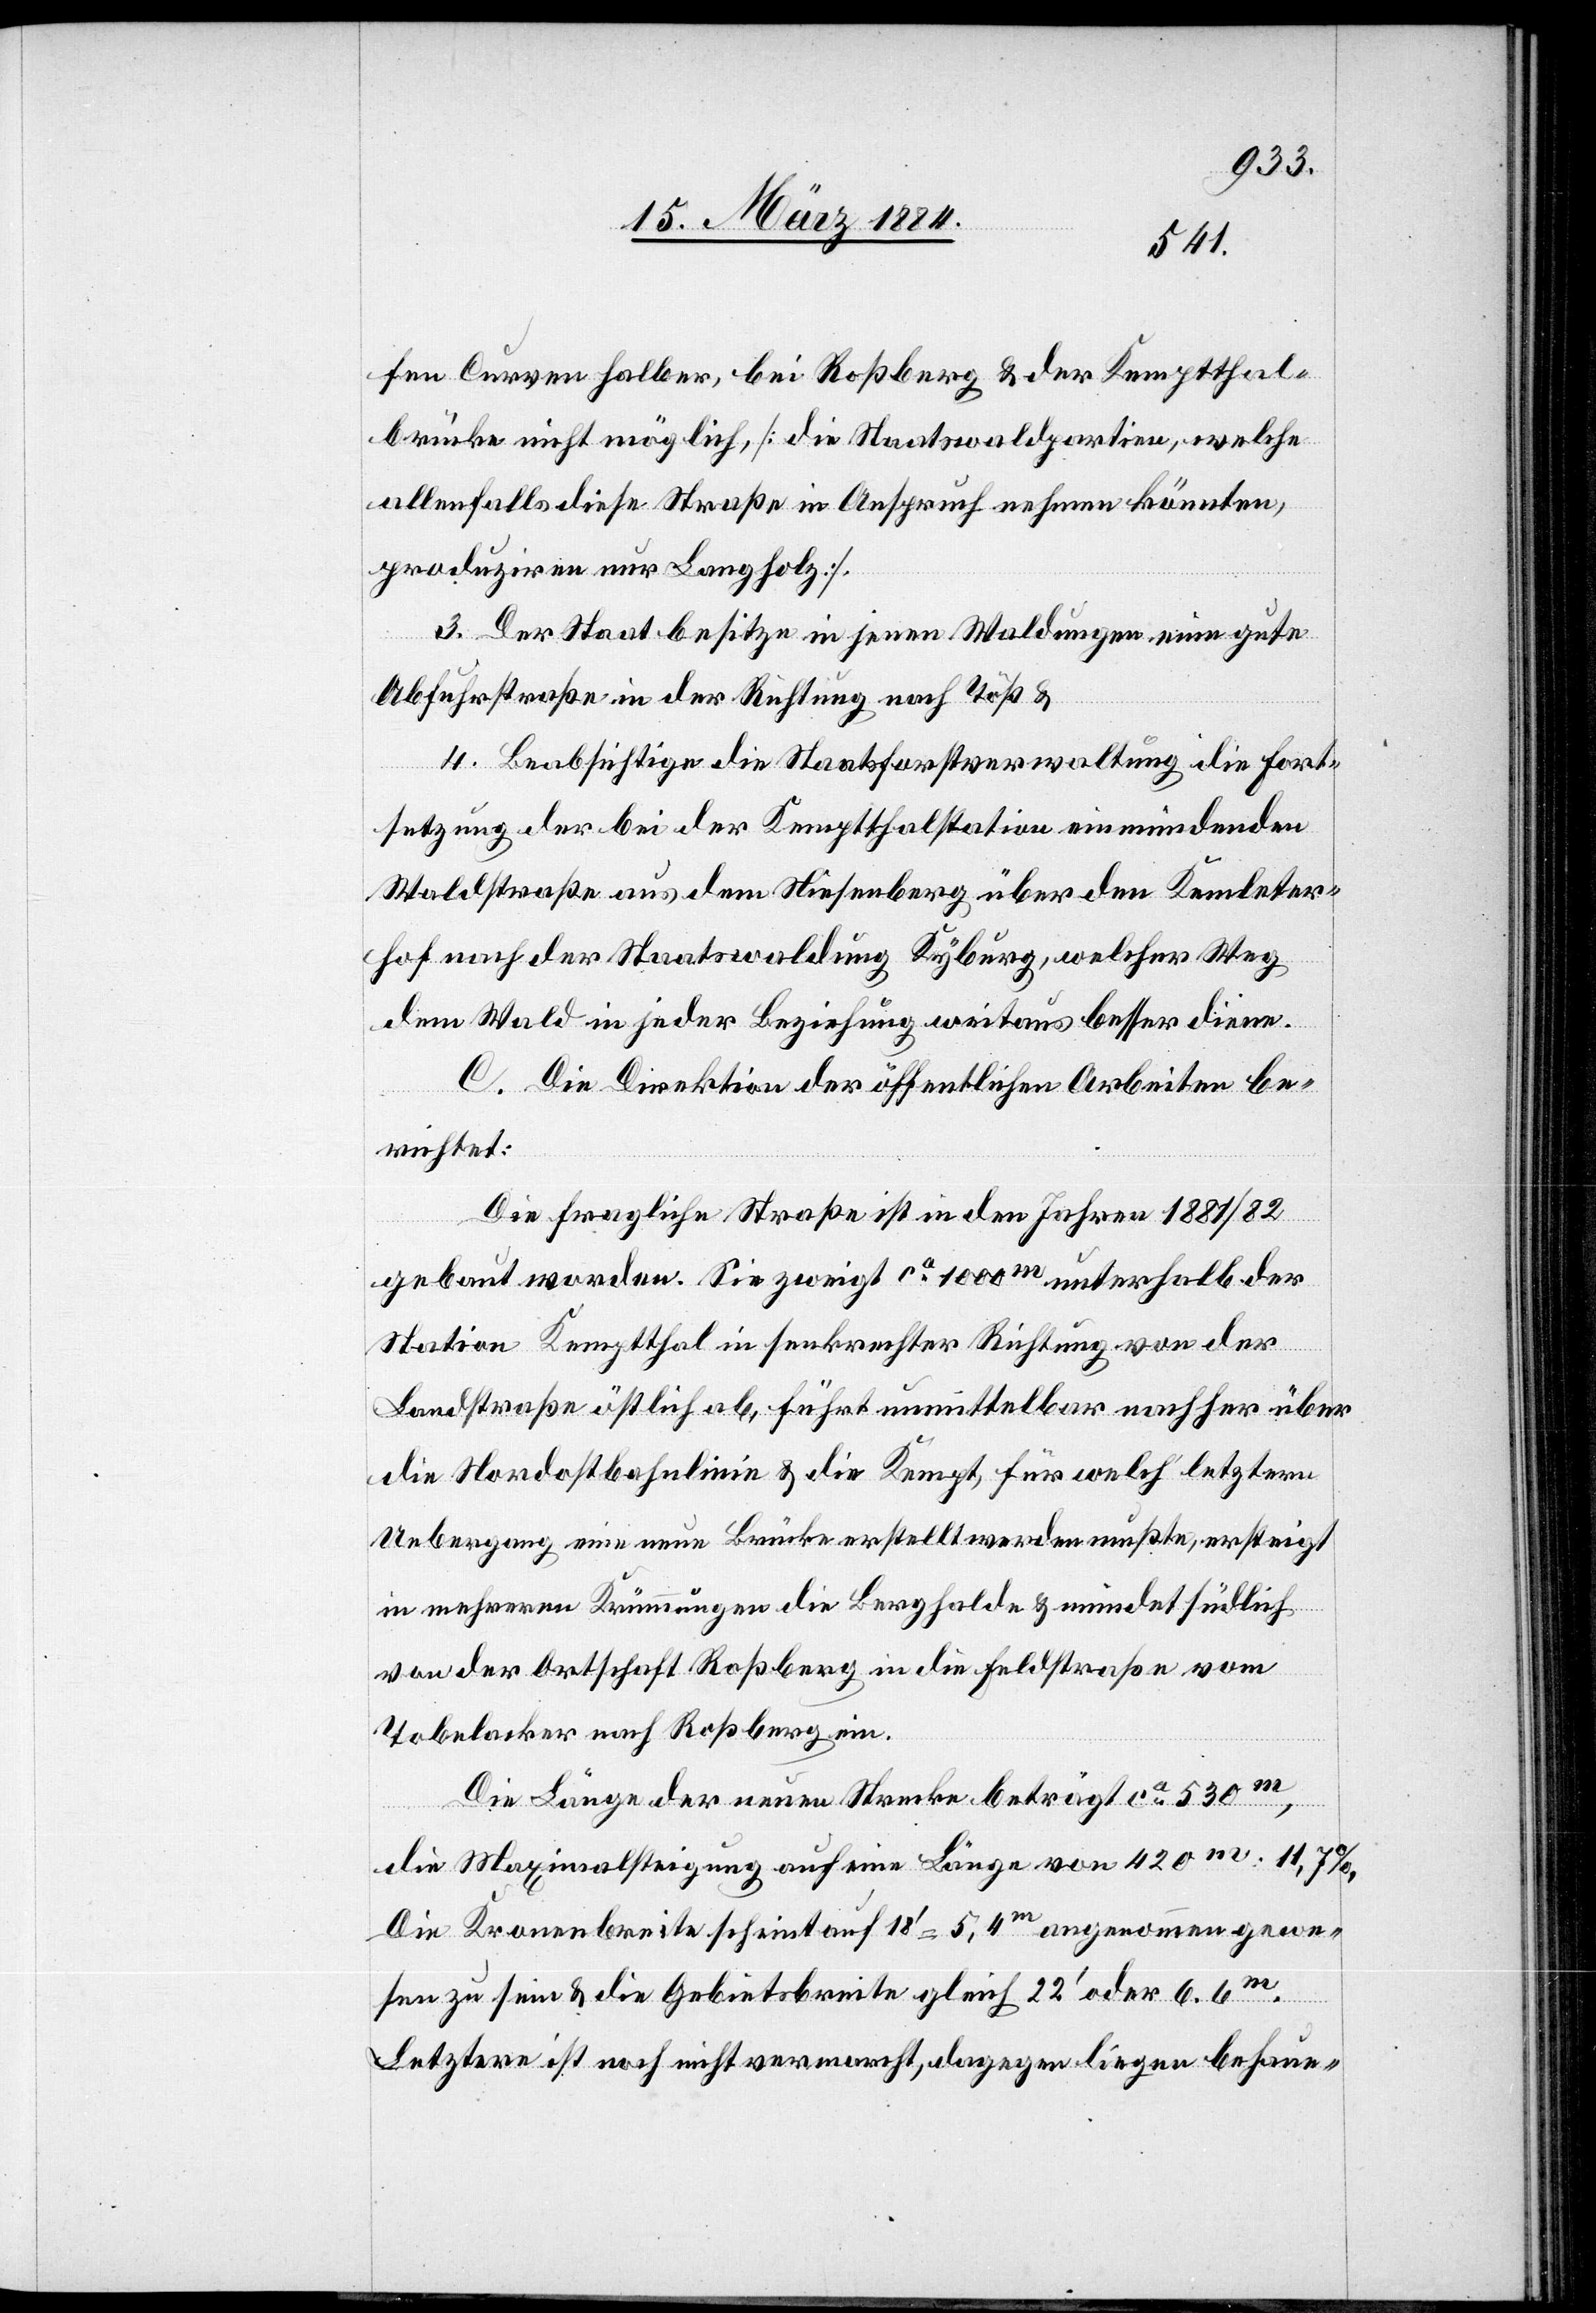
fen Curven halber, bei Roßberg & der Kemptthal¬
brücke nicht möglich, [die Staatswaldpartien, welche
allenfalls diese Straße in Anspruch nehmen könnten,
produziren nur Langholz].
3. Der Staat besitze in jenen Waldungen eine gute
Abfuhrstraße in der Richtung nach Töß &
4. beabsichtige die Staatsforstverwaltung die Fort¬
setzung der bei der Kemptthalstation einmündende
Waldstraße aus dem Niesenberg über den Kemleter¬
hof nach der Staatswaldung Kyburg, welcher Weg
dem Wald in jeder Beziehung weitaus besser diene.
C. Die Direktion der öffentlichen Arbeiten be¬
richtet:
Die fragliche Straße ist in den Jahren 1881/82
gebaut worden. Sie zweigt ca 1000m unterhalb der
Station Kemptthal in senkrechter Richtung von der
Landstraße östlich ab, führt unmittelbar nachher über
die Nordostbahnlinie & die Kempt, für welch’ letztern
Uebergang eine neue Brücke erstellt werden mußte, ersteigt
in mehreren Krümmungen die Berghalde & mündet südlich
von der Ortschaft Roßberg in die Feldstraße vom
Tobelacker nach Roßberg ein.
Die Länge der neuen Strecke beträgt ca 530m,
die Maximalsteigung auf eine Länge von 420m: 11,7%.
Die Kronenbreite scheint auf 18’ = 5,4m angenommen gewe¬
sen zu sein & die Gebietsbreite gleich 22’ oder 6,6m.
Letztere ist noch nicht vermarcht, dagegen liegen behaue-